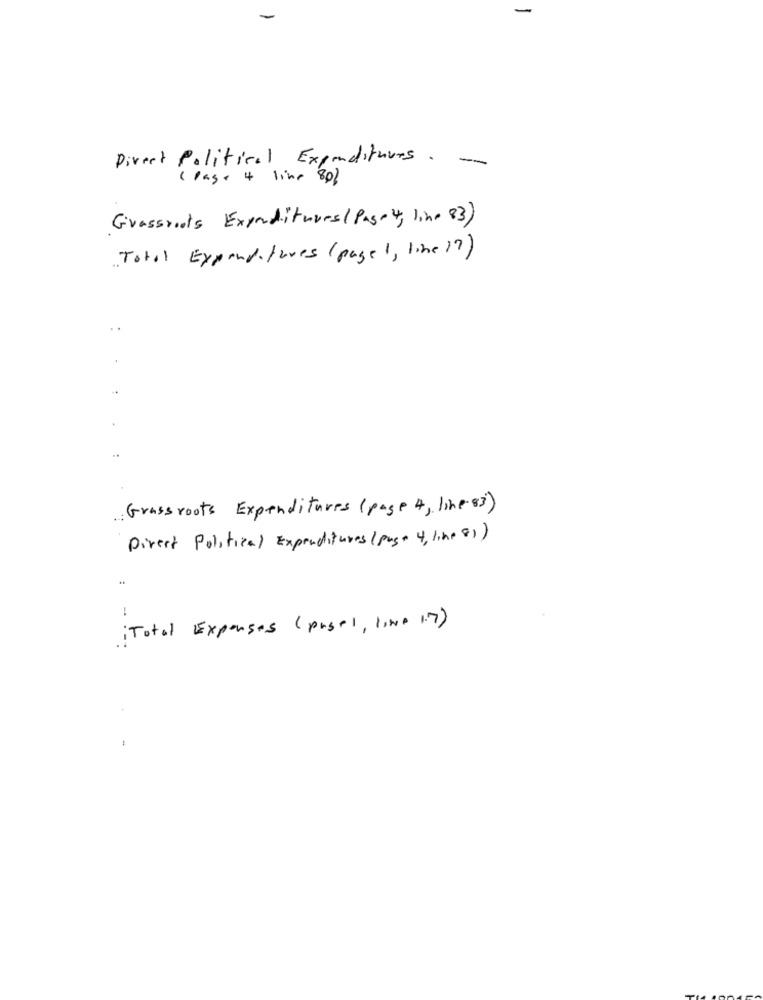
-
Direct Political Expenditures. -
( Page 4 line 80%
Grassroots Expenditures ( Page 4, line 83)
Total Expenditures (page1, line ?? )
Grassroots Expenditures (page 4, line- 83)
Direct Political Expenditures(page 4, like 81)
Total Expenses ( pesel, line 17)